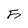
Character: 5